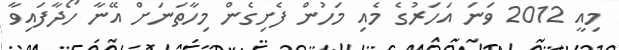
މިއީ 2012 ވަނަ އަހަރުގެ މެއި މަހުން ފެށިގެން މިހާތަނަށް އޭނާ ހޯދާފައިވާ